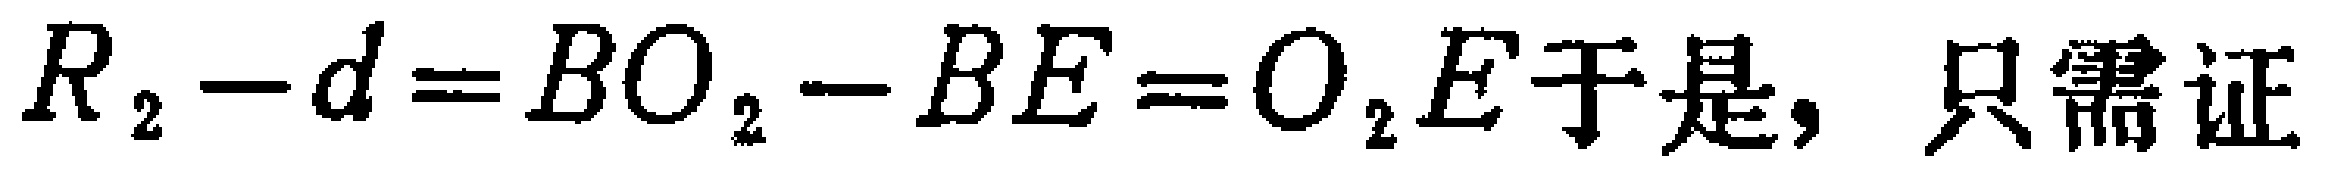
$R_{2}-d=BO_{2}-BE=O_{2}E于是，只需证$